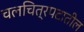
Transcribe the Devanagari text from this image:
चलचित्रपटातील